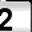
Digit: 2